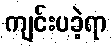
ကျင်းပခဲ့ရာ